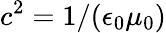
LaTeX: c^{2}=1/(\epsilon_{0}\mu_{0})